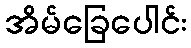
အိမ်ခြေပေါင်း